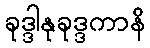
ခုဒ္ဒါနုခုဒ္ဒကာနိ